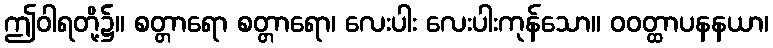
ဤဝါရတို့၌။ စတ္တာရော စတ္တာရော၊ လေးပါး လေးပါးကုန်သော။ ဝဝတ္ထာပနနယာ၊